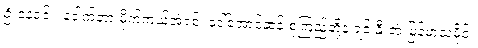
ဦးနေဝင်း၊ ဒေါက်တာ မိုက်ကယ်အဲရစ်၊ ဒေါ်အောင်ဆန်းစုကြည်တို့နဲ့ ရင်းနှီးတဲ့ မြန်မာသမိုင်း